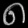
Digit: ၈